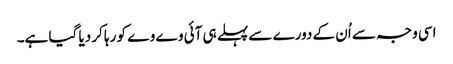
اسی وجہ سے اُن کے دورے سے پہلے ہی آئی وے وے کو رہا کر دیا گیا ہے۔